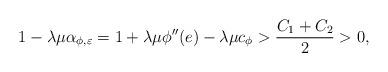
LaTeX: \begin{align*}1-\lambda \mu \alpha_{\phi,\varepsilon}= 1+\lambda\mu \phi''(e) -\lambda\mu c_{\phi} > \frac{C_1+C_2}{2}>0,\end{align*}